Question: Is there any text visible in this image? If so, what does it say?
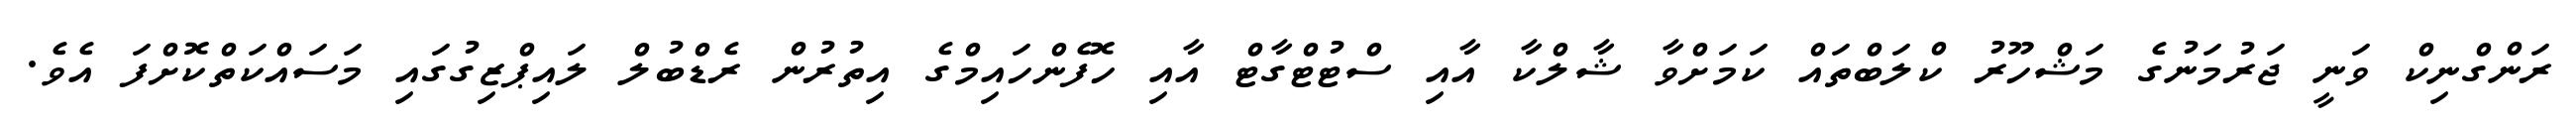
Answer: ރަންގްނިކް ވަނީ ޖަރުމަނުގެ މަޝްހޫރު ކްލަބްތައް ކަމަށްވާ ޝާލްކާ އާއި ސްޓުޓްގާޓް އާއި ހޮފެންހައިމްގެ އިތުރުން ރެޑްބުލް ލައިޕްޒިގުގައި މަސައްކަތްކޮށްފަ އެވެ.